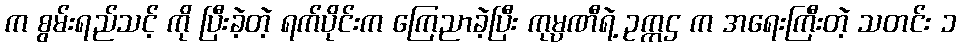
က စွမ်းရည်သင့် ကို ပြီးခဲ့တဲ့ ရက်ပိုင်းက ကြေညာခဲ့ပြီး ကုမ္ပဏီရဲ့ ဥက္ကဌ က အရေးကြီးတဲ့ သတင်း ၁